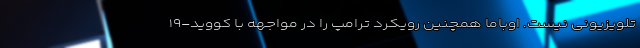
تلویزیونی نیست. اوباما همچنین رویکرد ترامپ را در مواجهه با کووید-۱۹